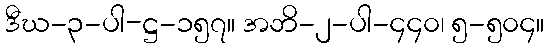
ဒီဃ-၃-ပါ-ဋ္ဌ-၁၅၇။ အဘိ-၂-ပါ-၄၄၀၊ ၅-၅၀၄။